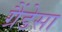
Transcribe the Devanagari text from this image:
ग्रैंडेसा